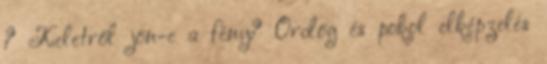
? Keletről jön-e a fény? Ördög és pokol elképzelés